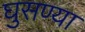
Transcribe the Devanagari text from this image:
घुसण्या